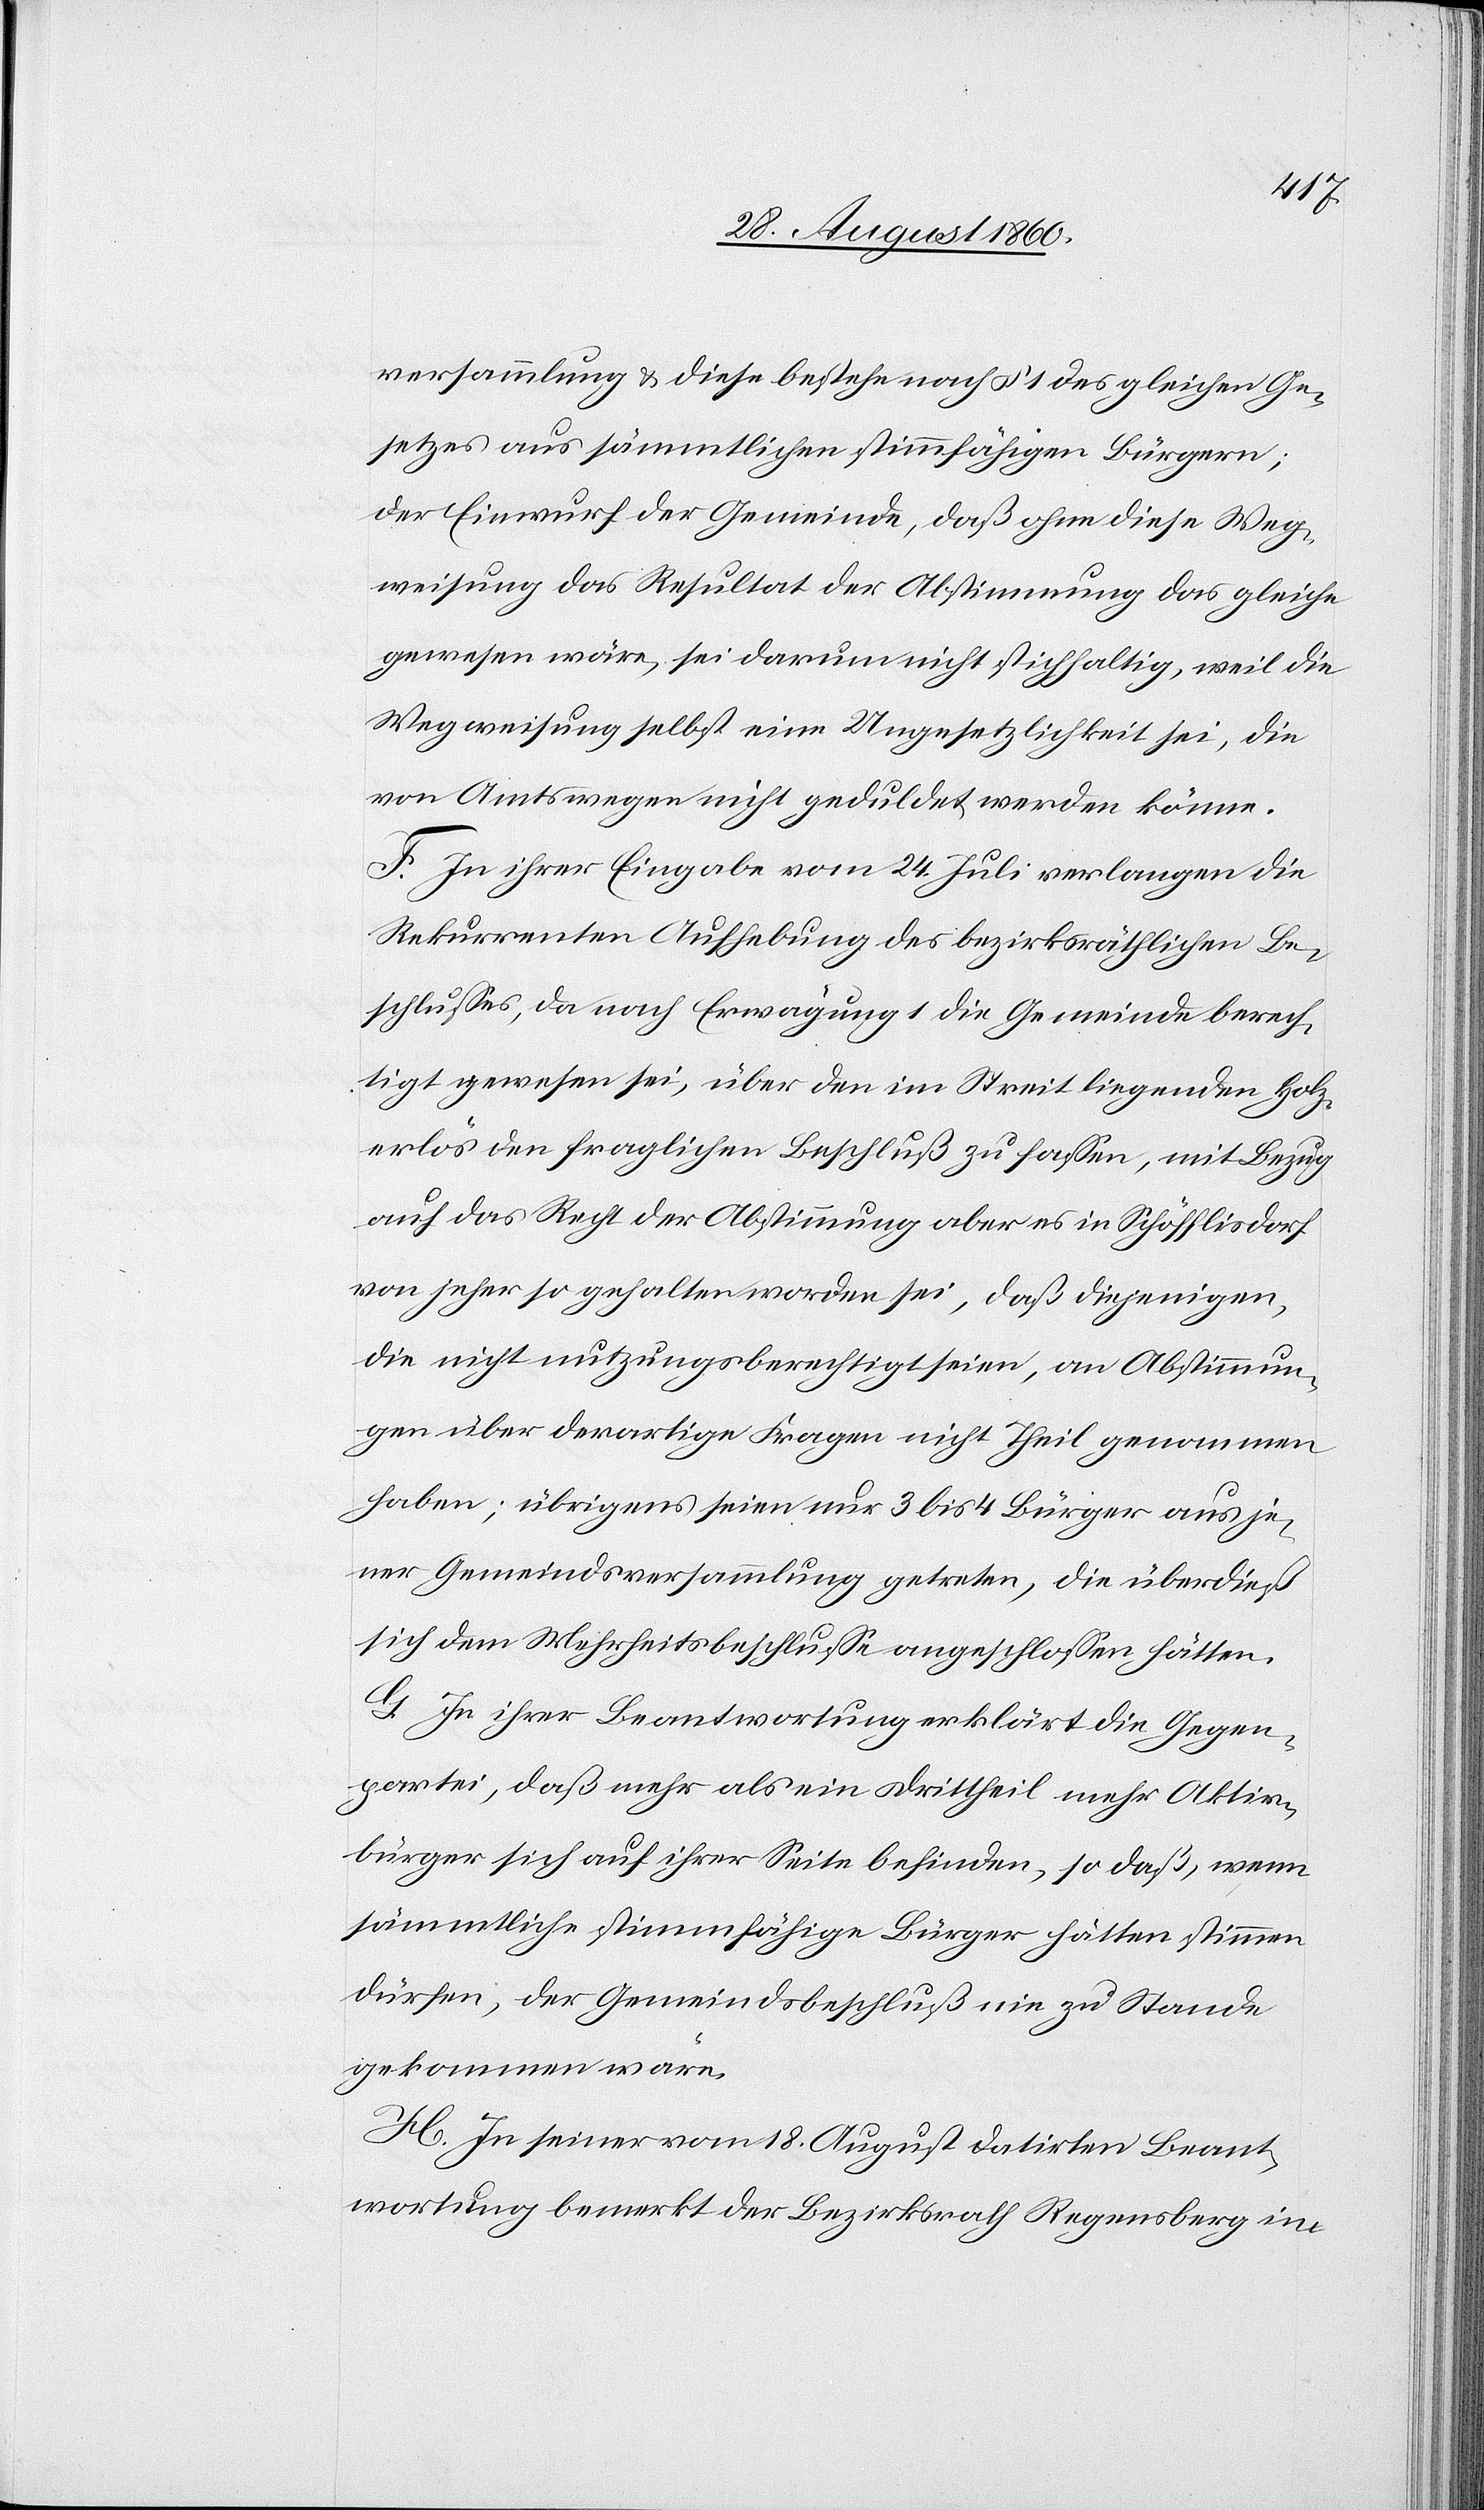
sammlung u. diese bestehe nach §. 1 des gleichen Ge¬
setzes aus sämmtlichen stimmfähigen Bürger¬
n Einwurf der Gemeinde, dass ohne diese Weg¬
weisung das Resultat der Abstimmung das gleiche
gewesen wäre, sei darum nicht stichhaltig, weil die
Wegweisung selbst eine Ungesetzlichkeit sei, die
von Amtswegen nicht geduldet werden könne.
F. In ihrer Eingabe vom 24. Juli verlangen die
Rekurrenten Aufhebung des bezirksräthlichen Be¬
schlusses, da nach Erwägung 1 die Gemeinde berech¬
tigt gewesen sei, über den im Streit liegenden Holz¬
erlös den fraglichen Beschluss zu fassen, mit Bezug
auf das Recht der Abstimmung aber es in Schöfflisdorf
von jeher so gehalten worden sei, dass diejenigen
die nicht nutzungsberechtigt seien, an Abstimmun¬
gen über derartige Fragen nicht Theil genommen
haben; übrigens seien nur 3 bis 4 Bürger aus je¬
ner Gemeindsversammlung getreten, die überdiess
sich dem Mehrheitsbeschlusse angeschlossen hätten.
G. In ihrer Beantwortung erklärt die Gegen¬
partei, dass mehr als ein Drittheil mehr Aktiv¬
bürger sich auf ihrer Seite befinden, so dass, wenn
sämmtliche stimmfähige Bürger hätten stimmen
dürfen, der Gemeindsbeschluss nie zu Stande
gekommen wäre.
H. In seiner vom 10. August datirten Beant¬
wortung bemerkt der Bezirksrath Regensberg im